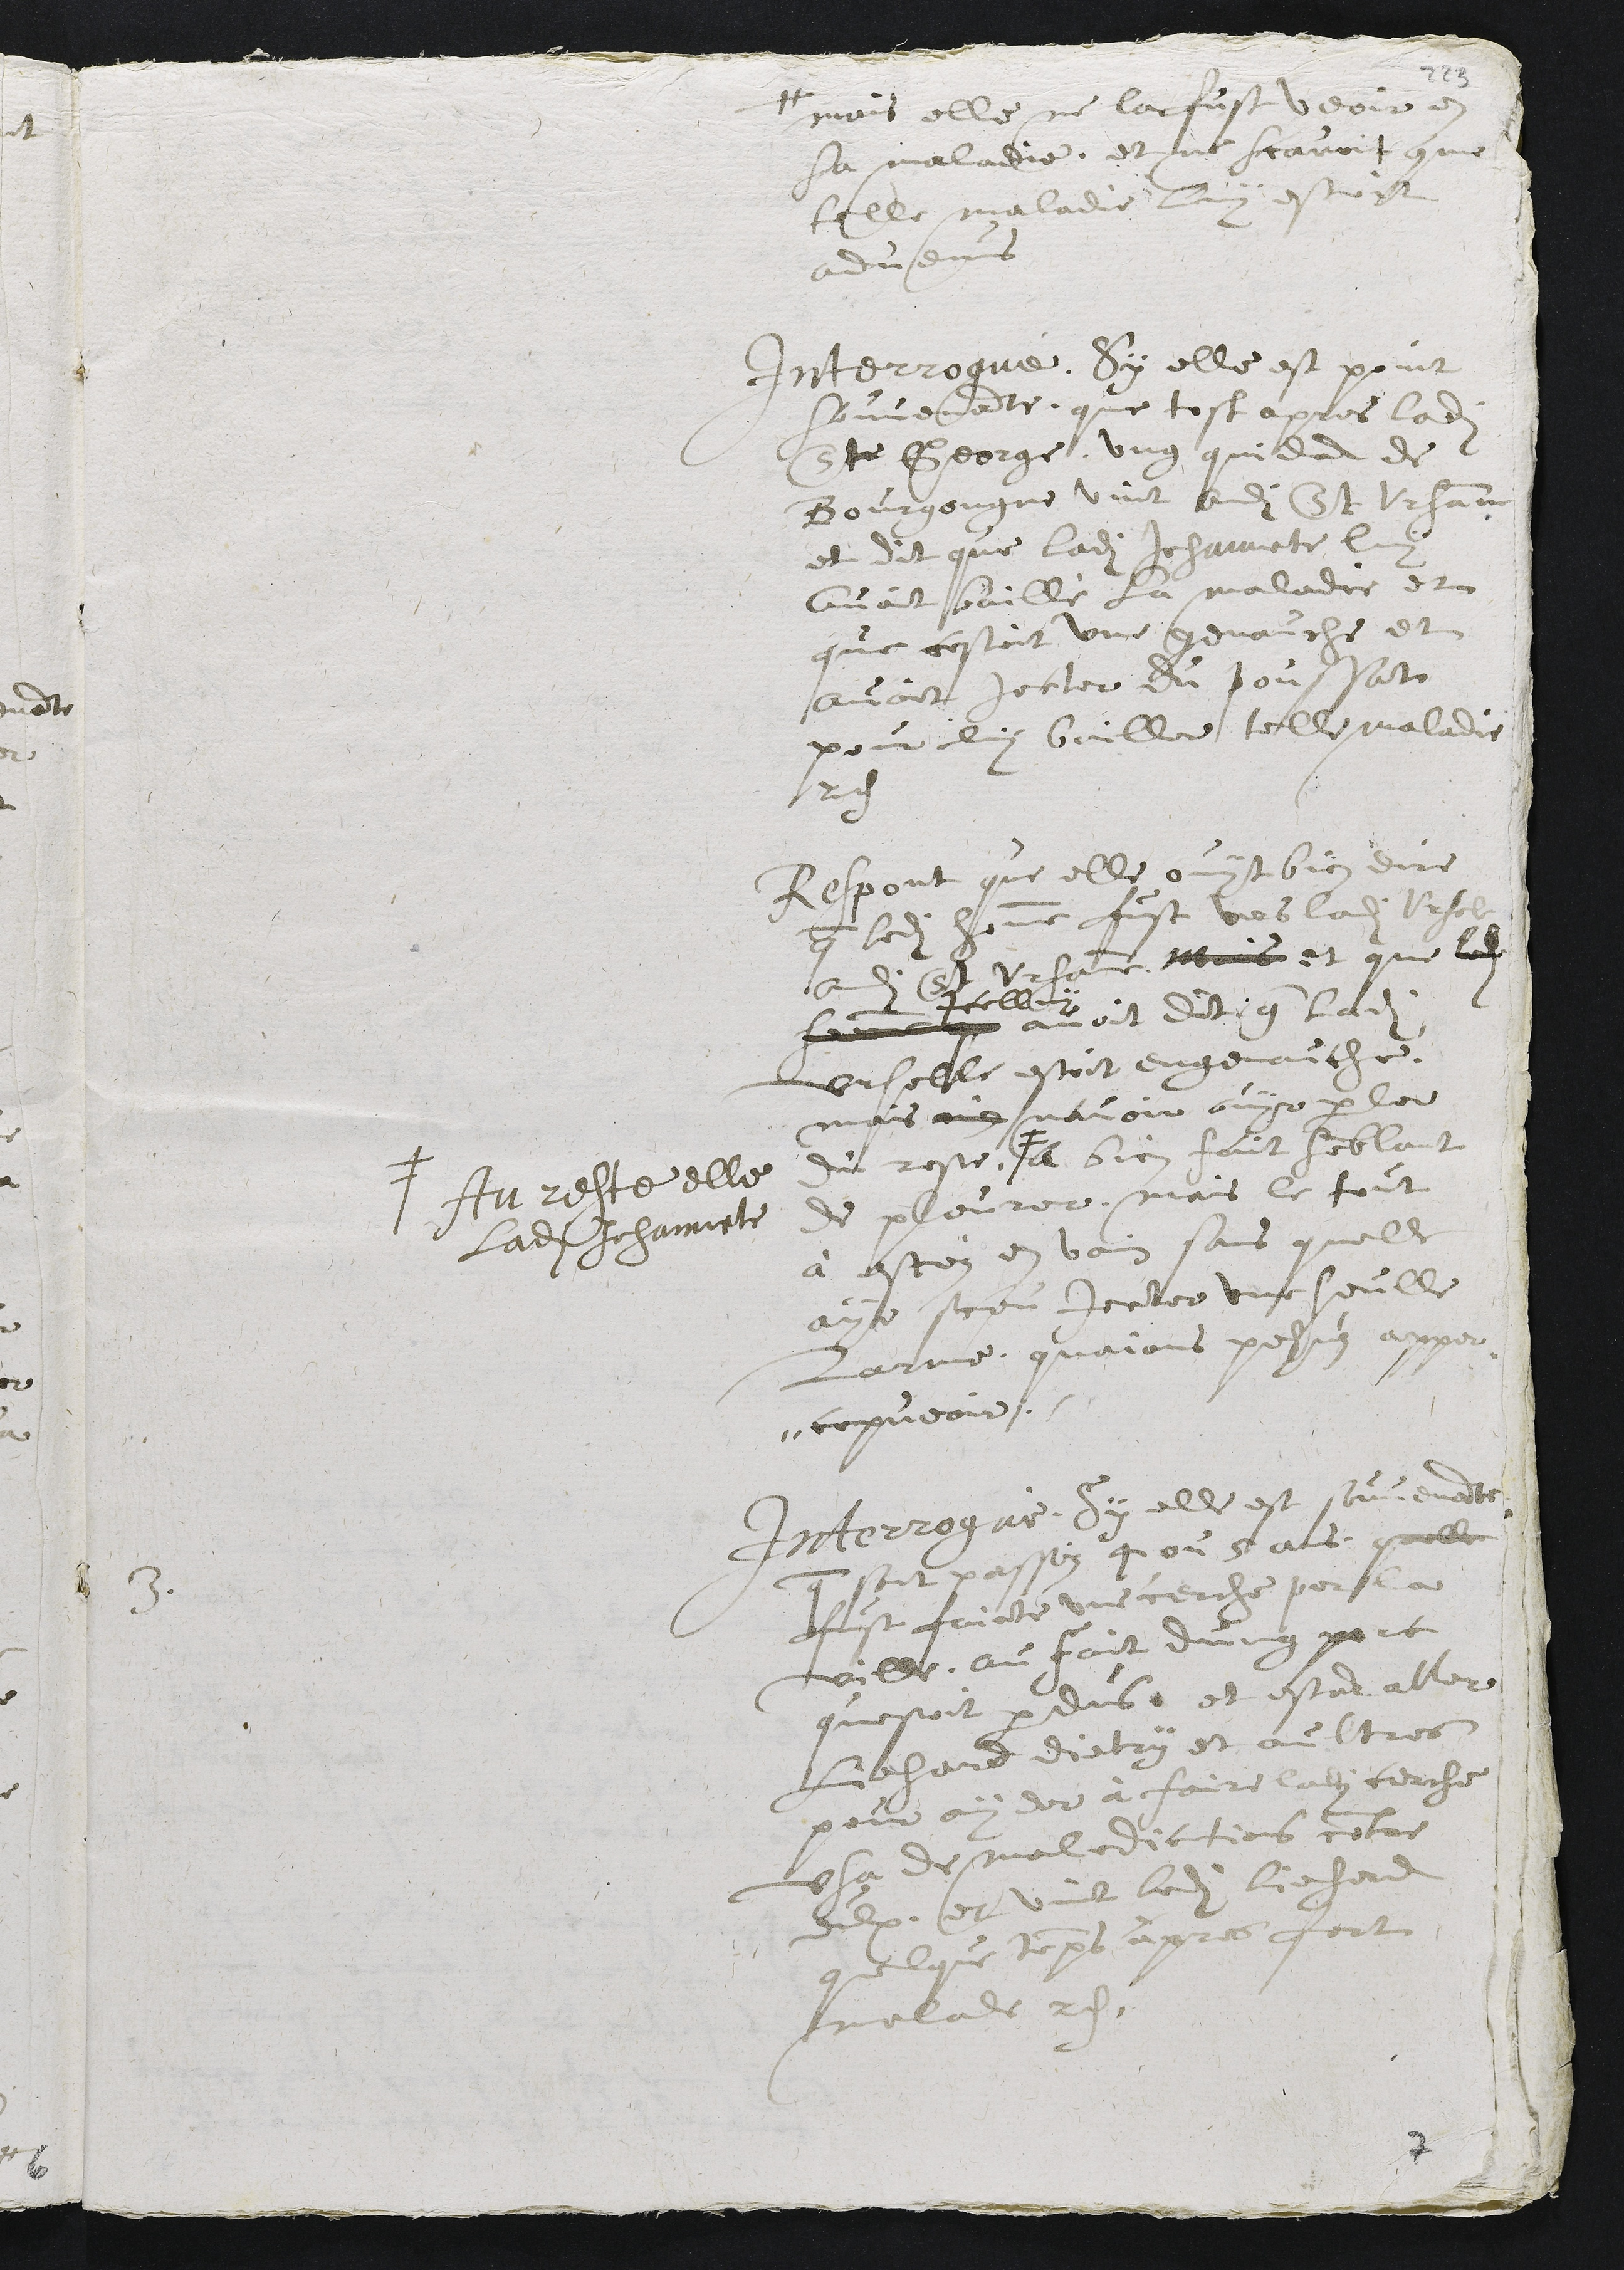
# mais elle ne lat fust veoir en
sa maladie, et ne scavoit que
telle maladie luy estoit
advenus
Interrogué, Sy elle est point
souvenante, que tost apres ladite
St George, ung quidam de
Bourgongne vint audit St Ursanne
et dit que ladite Jehannete luy
avoit baillé la maladie et
que cestoit une genauche et
avoit jecter du poussat
pour luy bailler telle maladie
res
Respont que elle ouyt bien dire
que ledit homme fust vers ladite Ursele
audit St Ursanne, mais et que ladite
icelluy
femme que avoit dit que ladite
Urselle estoit engenauche,
mais ??? navoir ouyr parler
du reste. #
# Au reste elle
ladite Jehannete
A bien faict semblant
de pleurer, mais le tout
à estéz en voix sans quelle
aye sceu jecter une seulle
Larme quaions pehus apper "
" cepveoir.
3.
Interrogué, Sy elle est souvenante
que fust passéz 4 ou 5 ans, quelle
fust faicte une cerche par la
ville au fait dung porc
questoit perdus et estant aller
Liehard dietry et aultres
pour ayder à faire ladite cerche
usa de maledictions contre
eulx, et vint ledit Liehard
quelque temps apres fort
malade res.